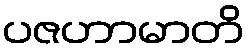
ပဇဟာမာတိ